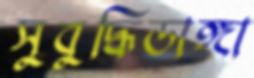
সুবুদ্ধিডাঙ্গা